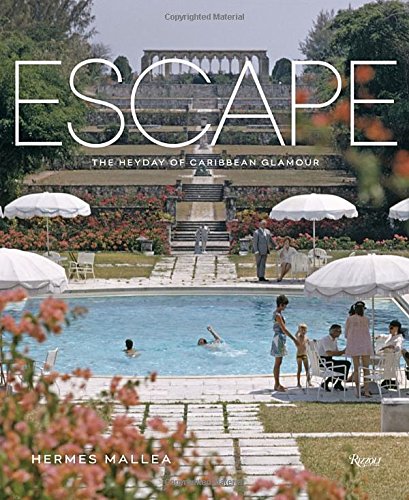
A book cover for Escape: The Heyday of Caribbean Glamour; Hermes Mallea; Arts & Photography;